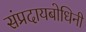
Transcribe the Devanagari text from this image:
संप्रदायबोधिनी